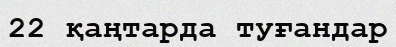
22 қаңтарда туғандар